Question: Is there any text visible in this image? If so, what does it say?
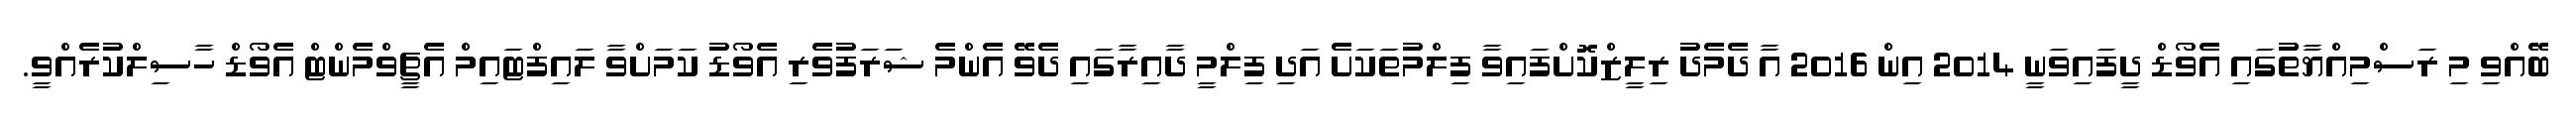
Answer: ބޭއްވި މި ރަސްމިއްޔާތުުގައި އެވޯޑް ދީފައިވަނީ 2014 އިން 2016 އާ ދެމެދު ރިލީޒްކޮށްފައިވާ ފިލްމުތަކަށެ އަދި ފިލްމީ ދާއިރާގައި ދެވޭ އެންމެ ޝަރަފުވެރި އެވޯޑު ކަމަށްވާ ލައިފްޓައިމް އެޗީވްމެންޓް އެވޯޑް ހާސިލްކުރެއްވީ.